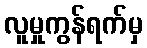
လူမှုကွန်ရက်မှ